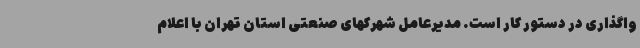
واگذاری در دستور کار است. مدیرعامل شهرکهای صنعتی استان تهران با اعلام